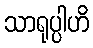
သာရုပ္ပါဟိ